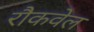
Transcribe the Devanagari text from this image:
रौकवेल